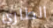
الطارئ